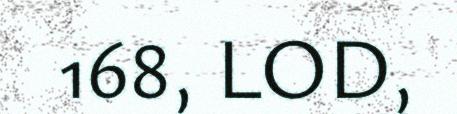
168, LOD,